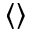
\left\langle \right\rangle